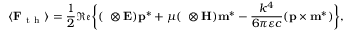
\langle \mathbf { F } _ { \mathrm { ~ t ~ h ~ } } \rangle = \frac { 1 } { 2 } \mathfrak { R e } \bigg \{ ( \mathbf { \nabla } \otimes \mathbf { E } ) \mathbf { p } ^ { * } + \mu ( \mathbf { \nabla } \otimes \mathbf { H } ) \mathbf { m } ^ { * } - \frac { k ^ { 4 } } { 6 \pi \varepsilon c } ( \mathbf { p } \times \mathbf { m } ^ { * } ) \bigg \} ,